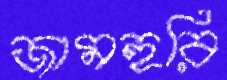
জামহুরি